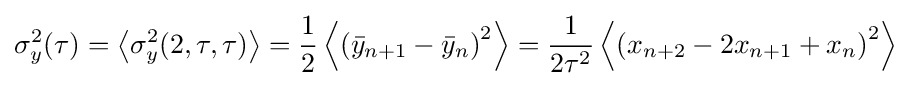
\sigma _{y}^{2}(\tau )=\left\langle \sigma _{y}^{2}(2,\tau ,\tau )\right\rangle ={\frac {1}{2}}\left\langle \left({\bar {y}}_{n+1}-{\bar {y}}_{n}\right)^{2}\right\rangle ={\frac {1}{2\tau ^{2}}}\left\langle \left(x_{n+2}-2x_{n+1}+x_{n}\right)^{2}\right\rangle